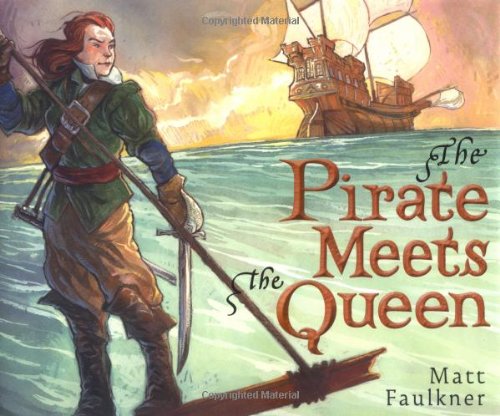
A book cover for The Pirate Meets the Queen; Matt Faulkner; Children's Books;